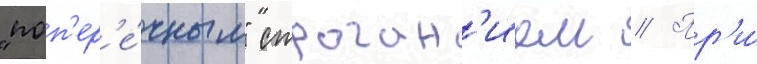
"поп'ер'е́чным" строган'ием // Пр'и́